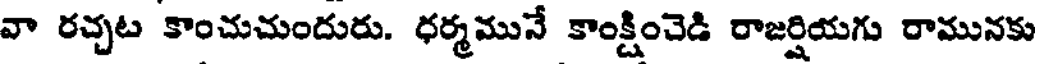
వా రచ్చట కాంచుచుందురు. ధర్మమునే కాంక్షించెడి రాజర్షియగు రామునకు